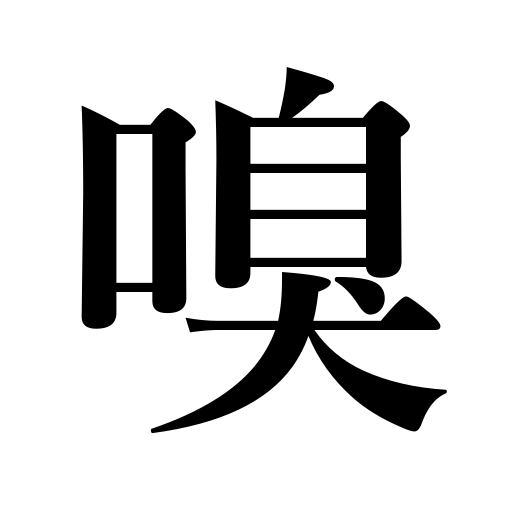
Meanings: scent,sniff,smell